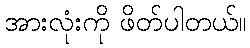
အားလုံးကို ဖိတ်ပါတယ်။